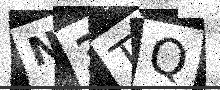
Text: N3TQ